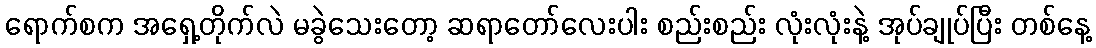
ရောက်စက အရှေ့တိုက်လဲ မခွဲသေးတော့ ဆရာတော်လေးပါး စည်းစည်း လုံးလုံးနဲ့ အုပ်ချုပ်ပြီး တစ်နေ့